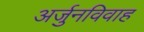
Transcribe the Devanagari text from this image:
अर्जुनविवाह